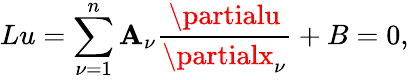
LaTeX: Lu=\sum_{\nu=1}^{n}\mathbf{A}_{\nu}{\frac{{\partialu}}{{\partialx_{\nu}}}}+B=0,